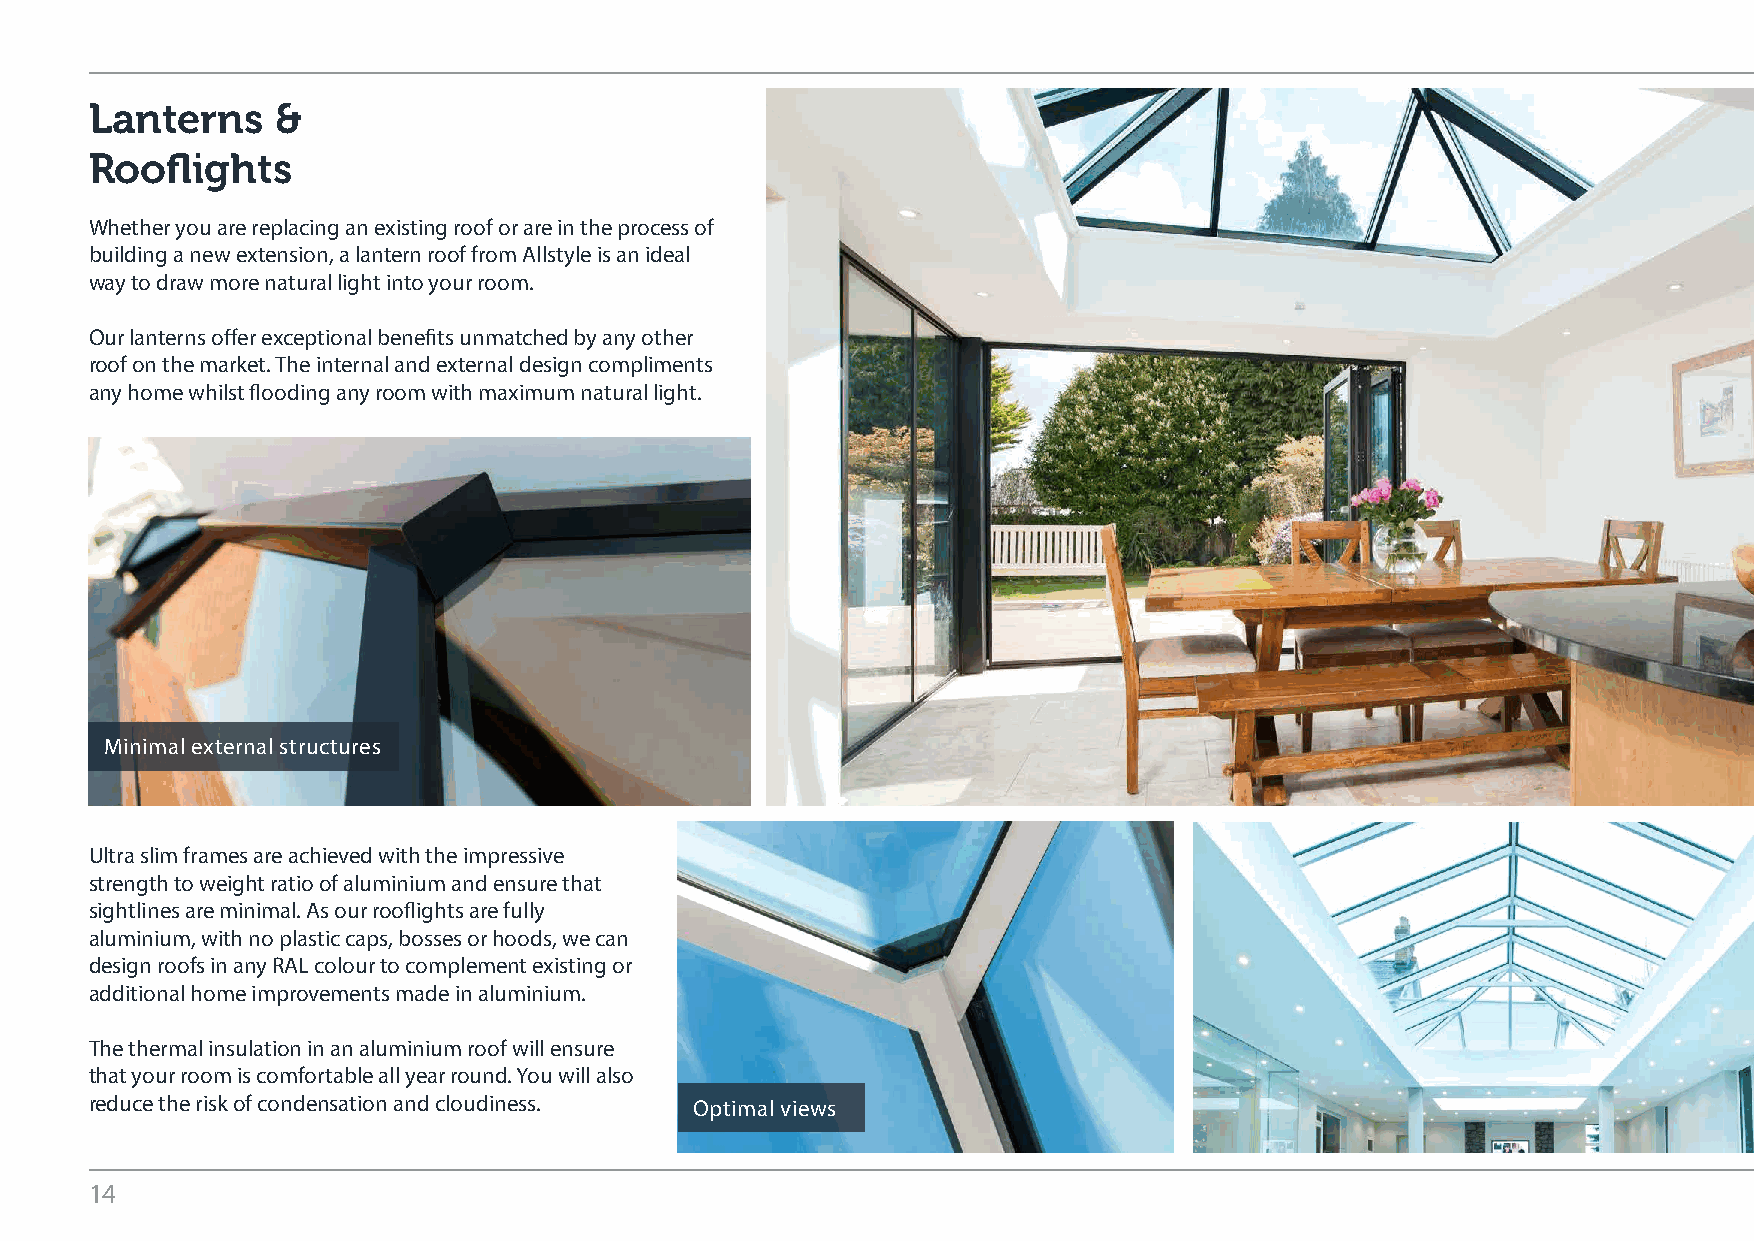
Lanterns    &
 Rooflights
 Whether you are replacing an existing roof or are in the process of
 building a new extension, a lantern roof from Allstyle is an ideal
 way to draw more natural light into your room.
 Our lanterns offer exceptional benefits unmatched by any other
 roof on the market. The internal and external design compliments
 any home whilst flooding any room with maximum natural light.
 Minimal external structures                  Full aluminium roofs
 Ultra slim frames are achieved with the impressive
 strength to weight ratio of aluminium and ensure that
 sightlines are minimal. As our rooflights are fully
 aluminium, with no plastic caps, bosses or hoods, we can
 design roofs in any RAL colour to complement existing or
 additional home improvements made in aluminium.
 The thermal insulation in an aluminium roof will ensure
 that your room is comfortable all year round. You will also
 reduce the risk of condensation and cloudiness. Optimal views             Reduced sightlines
 14